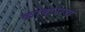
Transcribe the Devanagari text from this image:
कोकराचं